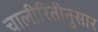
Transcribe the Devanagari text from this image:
चालीरितीनुसार